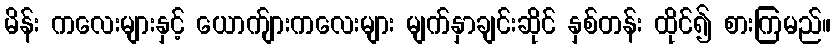
မိန်း ကလေးများနှင့် ယောက်ျားကလေးများ မျက်နှာချင်းဆိုင် နှစ်တန်း ထိုင်၍ စားကြမည်။